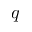
q